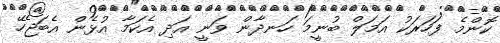
ކޮންމެ ފަހަރަކު އަމަލް ބުނީމަ ހަނދާން ވަނީ އަދި އެކަމާ އުޅެން އެބަޖެހޭ